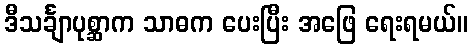
ဒီသင်္ချာပုစ္ဆာက သာဓက ပေးပြီး အဖြေ ရေးရမယ်။